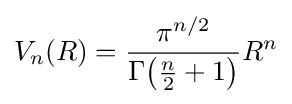
V_{n}(R)={\frac {\pi ^{n/2}}{\Gamma {\bigl (}{\tfrac {n}{2}}+1{\bigr )}}}R^{n}